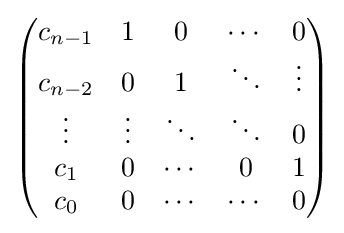
{\begin{pmatrix}c_{n-1}&1&0&\cdots &0\\c_{n-2}&0&1&\ddots &\vdots \\\vdots &\vdots &\ddots &\ddots &0\\c_{1}&0&\cdots &0&1\\c_{0}&0&\cdots &\cdots &0\end{pmatrix}}